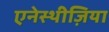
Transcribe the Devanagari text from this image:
एनेस्थीज़िया